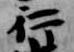
行